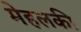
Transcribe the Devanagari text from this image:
मेहलकी